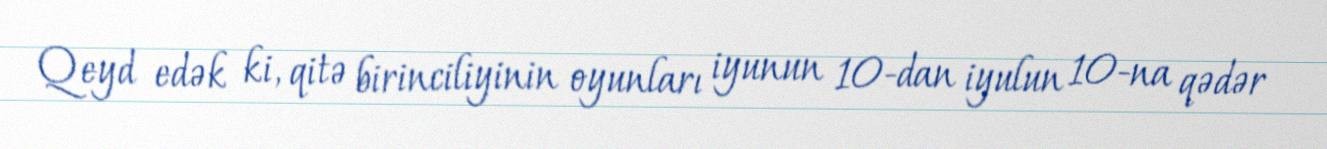
Qeyd edək ki, qitə birinciliyinin oyunları iyunun 10-dan iyulun 10-na qədər